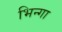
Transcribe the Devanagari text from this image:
भिन्गा